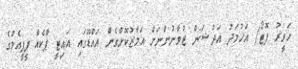
ހަވީރު ފޮޓޯ/ އަހުމަދު އަދުޝަން ޒުވާނުންނަށް އަމާޒުކޮށްގެން އައްޑޫގައި އައިޓީ ޕާކެއް ޕީޕީއެމްގެ